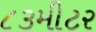
૮૩મીટર